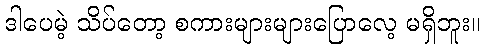
ဒါပေမဲ့ သိပ်တော့ စကားများများပြောလေ့ မရှိဘူး။